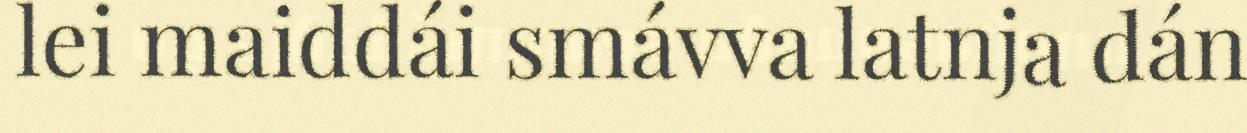
lei maiddái smávva latnja dán